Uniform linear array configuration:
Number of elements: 12
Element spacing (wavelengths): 0.25
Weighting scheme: binomial
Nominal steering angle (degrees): -15
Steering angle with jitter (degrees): -13.807
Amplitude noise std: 0.05
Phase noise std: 0.05

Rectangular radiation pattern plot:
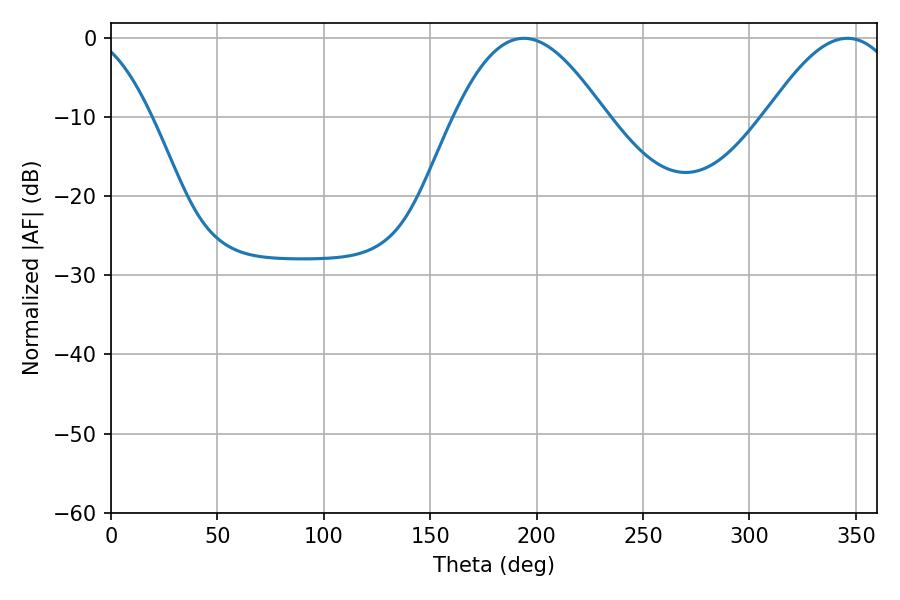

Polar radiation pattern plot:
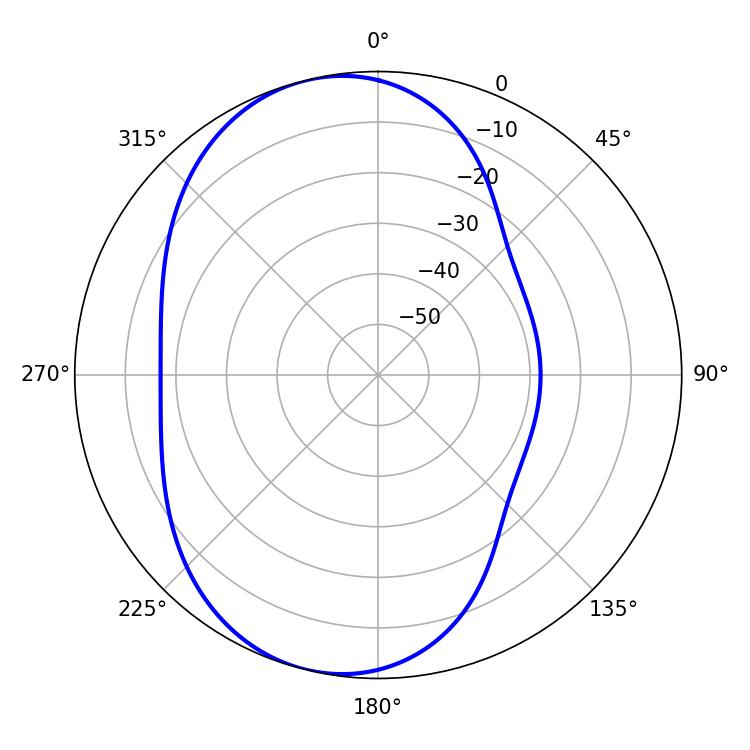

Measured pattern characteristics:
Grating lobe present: FALSE
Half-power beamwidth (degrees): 38.34
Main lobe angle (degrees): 194.04